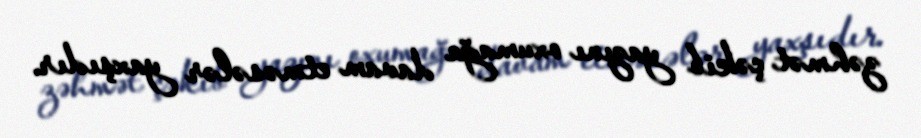
zəhmət çəkib yazını oxumağa davam etməsələr yaxşıdır.